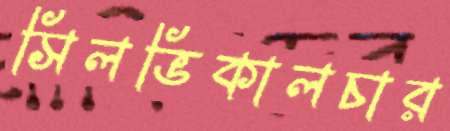
সিলভিকালচার